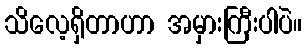
သိလေ့ရှိတာဟာ အမှားကြီးပါပဲ။